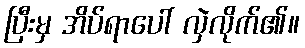
ပြီးမှ အိပ်ရာပေါ် လှဲလိုက်၏။